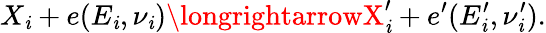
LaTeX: X_{\mathit{i}}+e(E_{\mathit{i}},\nu_{\mathit{i}})\longrightarrowX_{\mathit{i}}^{\prime}+e^{\prime}(E_{\mathit{i}}^{\prime},\nu_{\mathit{i}}^{\prime}).